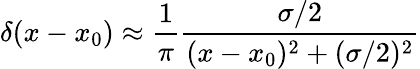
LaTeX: \delta(x-x_{0})\approx\frac{1}{\pi}\frac{\sigma/2}{(x-x_{0})^{2}+(\sigma/2)^{2}}